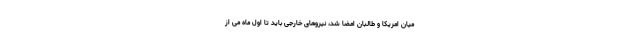
میان امریکا و طالبان امضا شد، نیروهای خارجی باید تا اول ماه می از